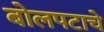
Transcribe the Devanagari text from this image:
बोलपटाचे